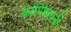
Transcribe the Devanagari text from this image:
कापिशायनी